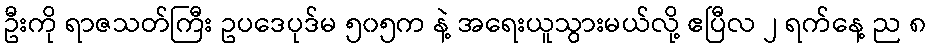
ဦးကို ရာဇသတ်ကြီး ဥပဒေပုဒ်မ ၅၀၅က နဲ့ အရေးယူသွားမယ်လို့ ဧပြီလ ၂ ရက်နေ့ ည ၈